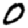
Digit: 0